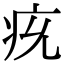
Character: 𤴴